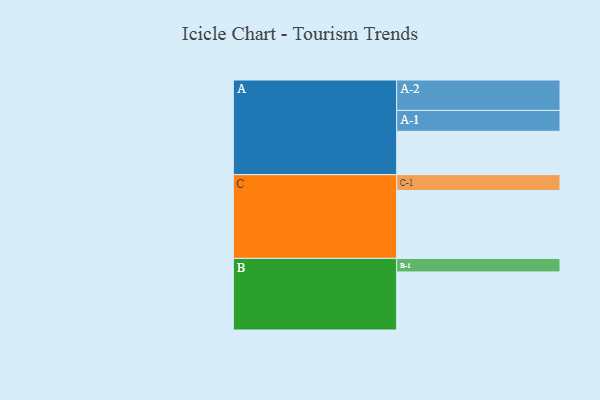
{"axis": {"x": "Segment", "y": "Value"}, "legend": ["", "A", "B", "C"], "data": [{"x": "A", "y": 365, "type": ""}, {"x": "B", "y": 489, "type": ""}, {"x": "C", "y": 572, "type": ""}, {"x": "A-1", "y": 176, "type": "A"}, {"x": "A-2", "y": 256, "type": "A"}, {"x": "B-1", "y": 114, "type": "B"}, {"x": "C-1", "y": 133, "type": "C"}]}